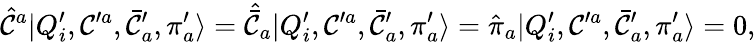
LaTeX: {\hat{\cal C}}^{a}|Q_{i}^{\prime},{\cal C}^{\prime a},\bar{\cal C}_{a}^{\prime},{\pi}_{a}^{\prime}\rangle=\hat{\bar{\cal C}}_{a}|Q_{i}^{\prime},{\cal C}^{\prime a},\bar{\cal C}_{a}^{\prime},{\pi}_{a}^{\prime}\rangle={\hat{\pi}}_{a}|Q_{i}^{\prime},{\cal C}^{\prime a},\bar{\cal C}_{a}^{\prime},{\pi}_{a}^{\prime}\rangle=0,